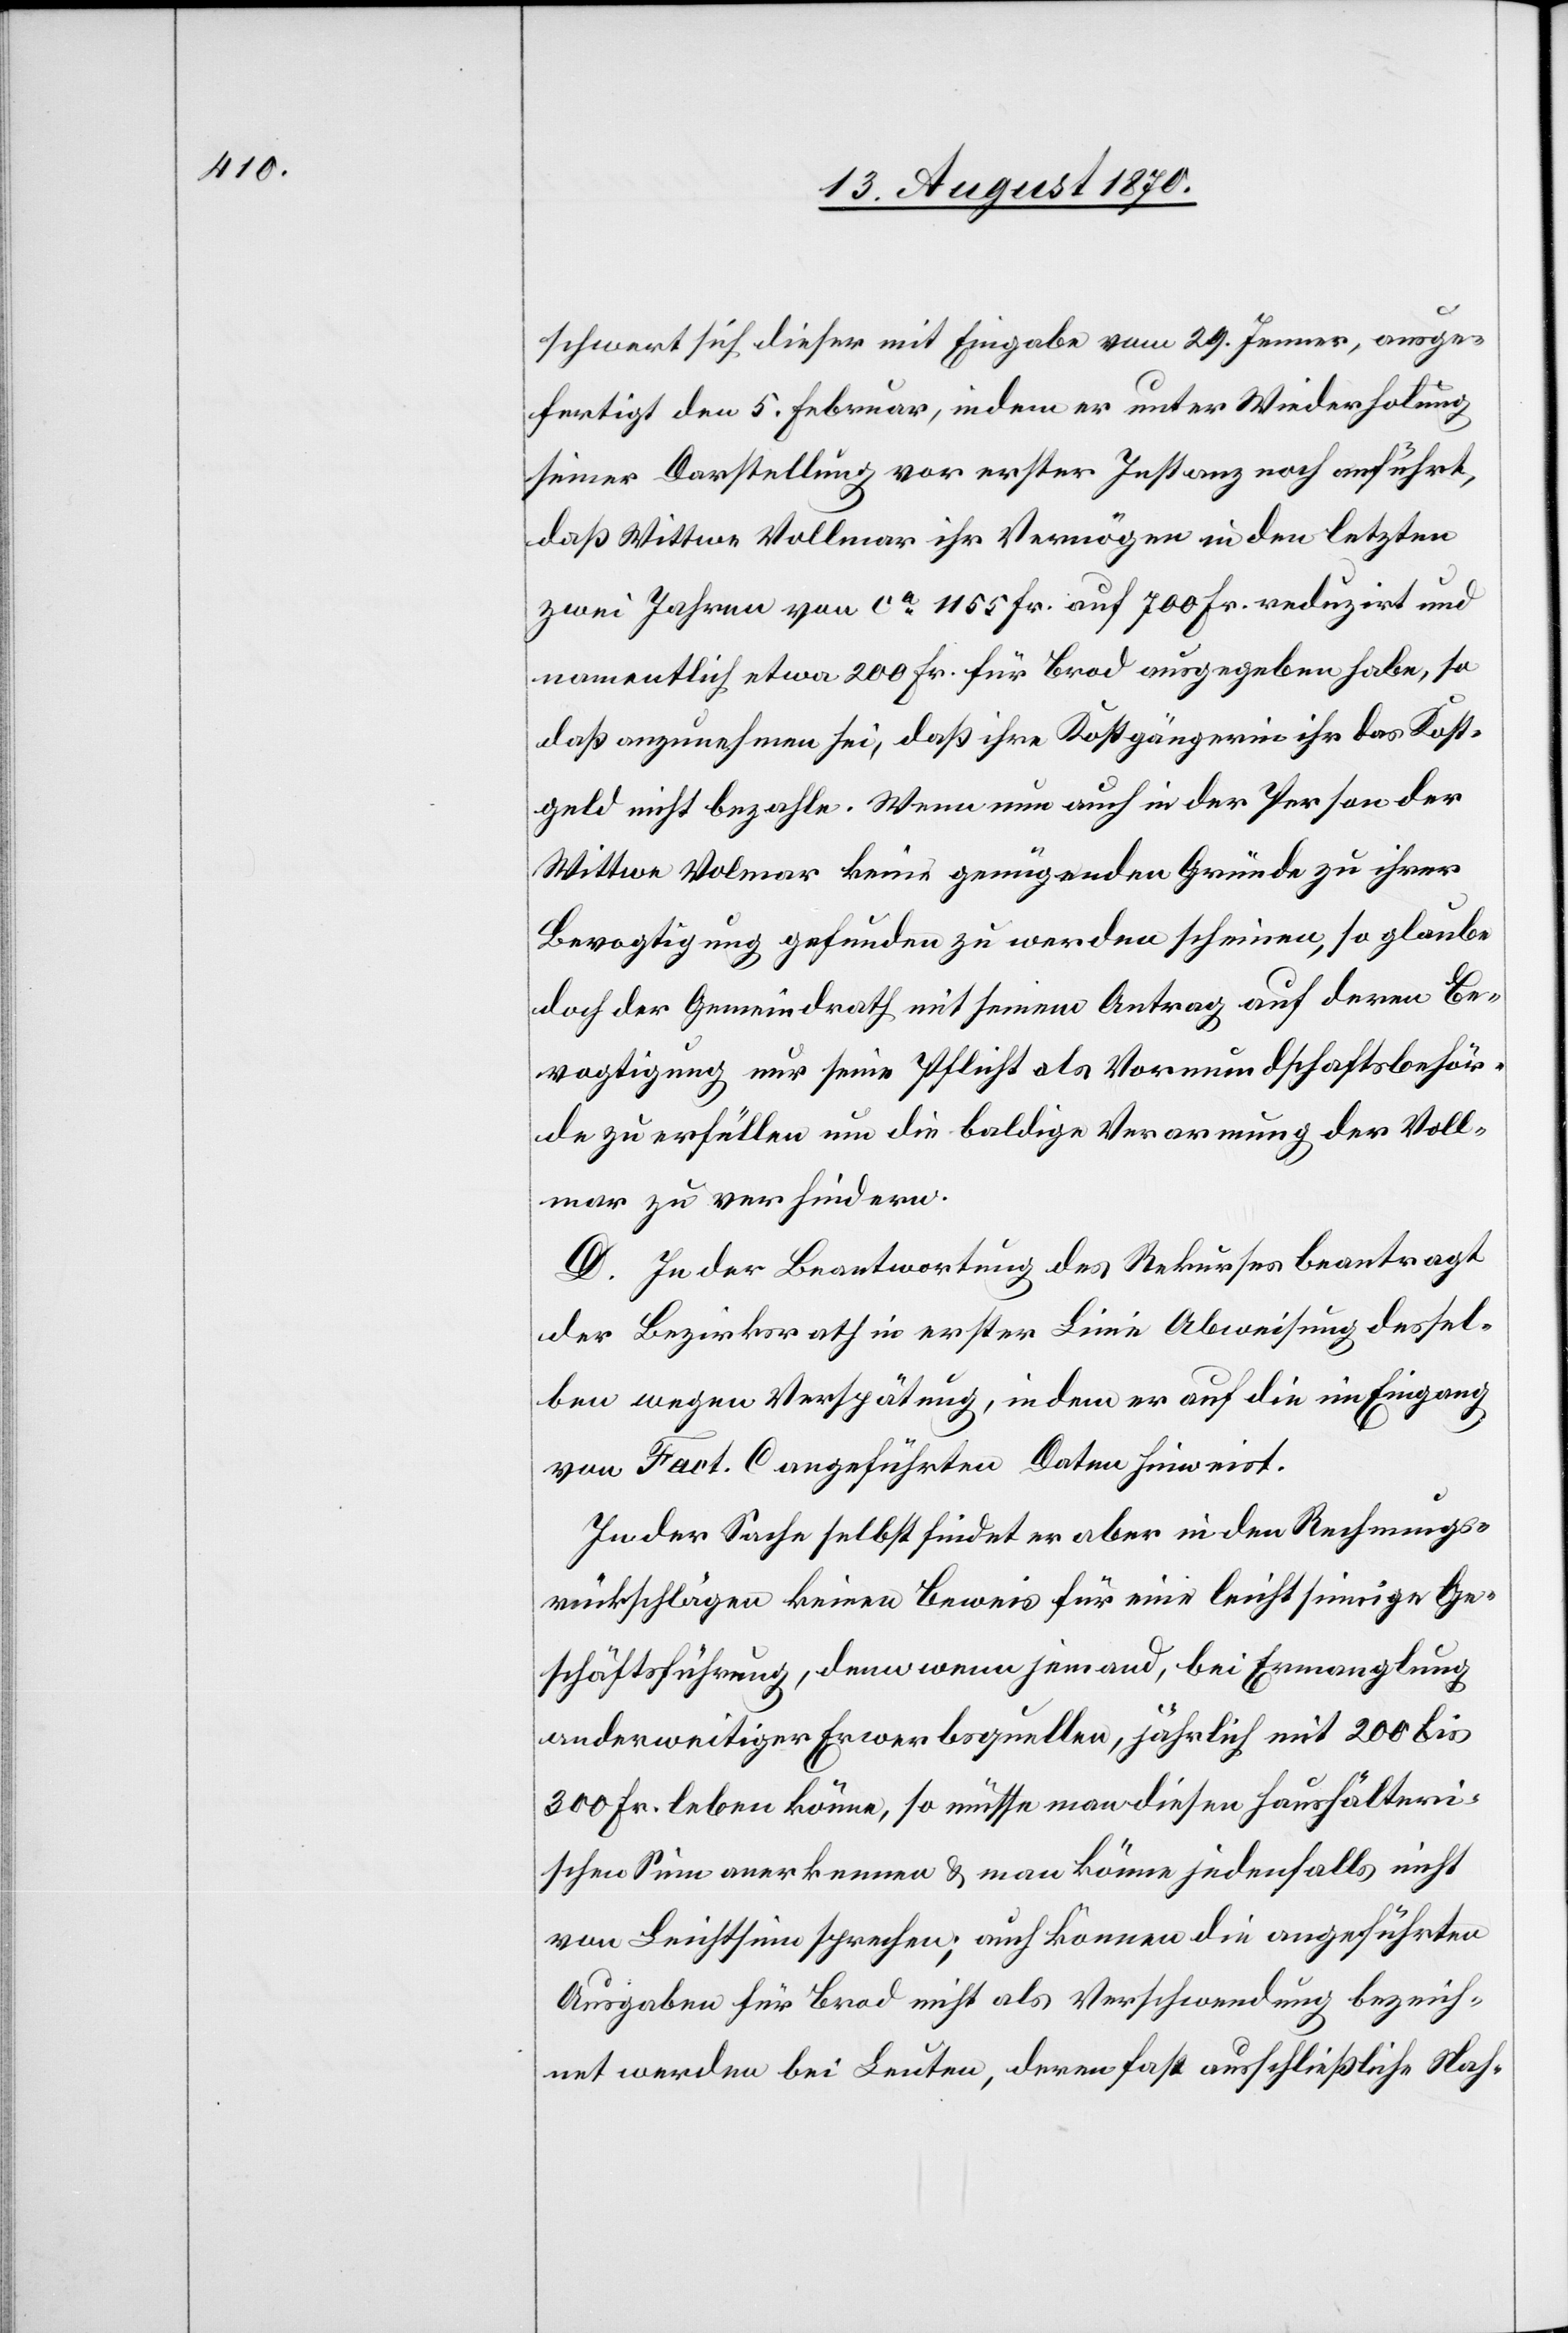
schwert sich dieser mit Eingabe vom 29. Jenner, ausge¬
fertigt den 5. Februar, indem er unter Wiederholung
seiner Darstellung vor erster Instanz noch anführt,
daß Wittwe Vollmar ihr Vermögen in den letzten
zwei Jahren von ca 1155 Fr. auf 700 Fr. reduziert und
namentlich etwa 200 Fr. für Brod ausgegeben habe, so
daß anzunehmen sei, daß ihre Kostgängerin ihr das Kost¬
geld nicht bezahle. Wenn nun auch in der Person der
Wittwe Volmar [sic!] keine genügenden Gründe zu ihrer
Bevogtigung gefunden zu werden scheinen, so glaube
doch der Gemeindrath mit seinem Antrag auf deren Be¬
vogtigung nur seine Pflicht als Vormundschaftsbehör¬
de zu erfüllen um die baldige Verarmung der Voll¬
mar zu verhindern.
D. In der Beantwortung des Rekurses beantragt
der Bezirksrath in erster Linie Abweisung dessel¬
ben wegen Verspätung, indem er auf die im Eingang
von Fact. C angeführten Daten hinweist.
In der Sache selbst findet er aber in den Rechnungs¬
rückschlägen keinen Beweis für eine leichtsinnige Ge¬
schäftsführung, denn wenn jemand, bei Ermanglung
anderweitiger Erwerbsquellen, jährlich mit 200 bis
300 Fr. leben könne, so müsse man diesen haushälteri¬
schen Sinn anerkennen & man könne jedenfalls nicht
von Leichtsinn sprechen; auch können die angeführten
Ausgaben für Brod nicht als Verschwendung bezeich¬
net werden bei Leuten, deren fast ausschließliche Nah-